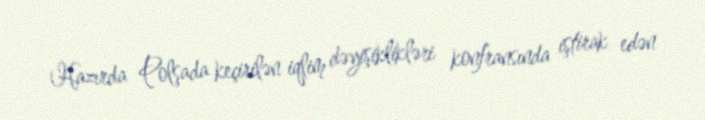
Hazırda Polşada keçirilən iqlim dəyişiklikləri konfransında iştirak edən